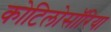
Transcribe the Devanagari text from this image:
कोटिलोसॉरिया